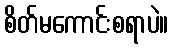
စိတ်မကောင်းစရာပဲ။